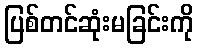
ပြစ်တင်ဆုံးမခြင်းကို